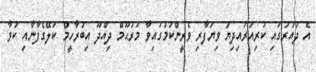
އެ ދައުރުގައި ކުރިއަރައިދިޔަ ވިޔަފާރި ވެރީންކަމުގައިވާ މަރުޙޫމް ދިއްދޫ އިބުރާހީމް ކަލޭގެފާނާއި ކުވާ